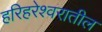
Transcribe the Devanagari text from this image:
हरिहरेश्वरातील